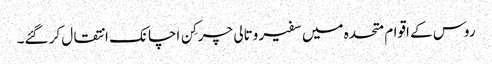
روس کے اقوام متحدہ میں سفیر وتالی چرکِن اچانک انتقال کر گئے۔